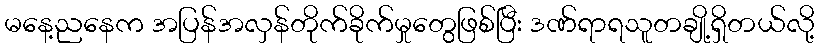
မနေ့ညနေက အပြန်အလှန်တိုက်ခိုက်မှုတွေဖြစ်ပြီး ဒဏ်ရာရသူတချို့ရှိတယ်လို့